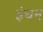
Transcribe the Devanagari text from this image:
इंचन